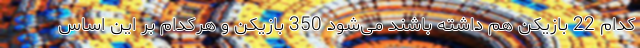
کدام 22 بازیکن هم داشته باشند می‌شود 350 بازیکن و هرکدام بر این اساس